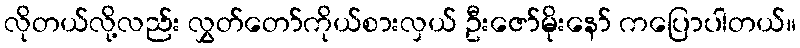
လိုတယ်လို့လည်း လွှတ်တော်ကိုယ်စားလှယ် ဦးဇော်မိုးနော် ကပြောပါတယ်။